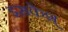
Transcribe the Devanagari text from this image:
इसकेश्